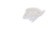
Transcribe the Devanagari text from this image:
बाखं